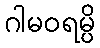
ဂါမဝရမ္ပိ